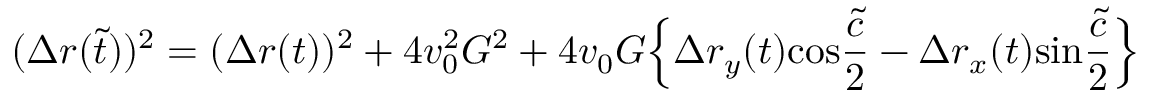
( \Delta r ( \tilde { t } ) ) ^ { 2 } = ( \Delta r ( t ) ) ^ { 2 } + 4 v _ { 0 } ^ { 2 } G ^ { 2 } + 4 v _ { 0 } G \Big \{ \Delta r _ { y } ( t ) \mathrm { c o s } { \frac { \tilde { c } } { 2 } } - \Delta r _ { x } ( t ) \mathrm { s i n } { \frac { \tilde { c } } { 2 } } \Big \}